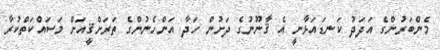
މެންބަރުންގެ އަދަދު ކަނޑައަޅާނީ އެ ޤާނޫނުގެ ދަށުން ހަދާ އަންހެނުންގެ ތަރަށްޤީއަށް މަސައްކަތްކުރާ